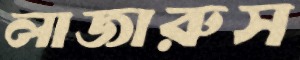
লাজারুস